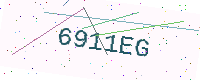
Text: 6911EG